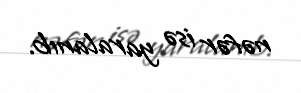
nəfər isə yaralanıb.